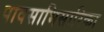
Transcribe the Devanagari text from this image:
पावसाभिसारिका